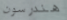
هندرسون